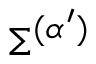
\Sigma ^ { ( \alpha ^ { \prime } ) }